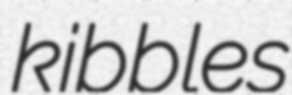
kibbles